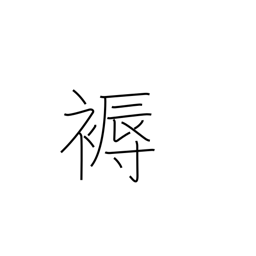
Meaning: mattress